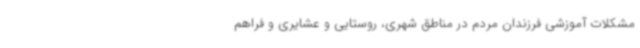
مشکلات آموزشی فرزندان مردم در مناطق شهری، روستایی و عشایری و فراهم